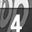
Digit: 4